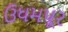
ઉધમપૂર